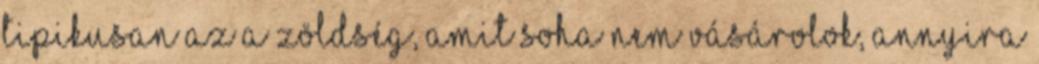
tipikusan az a zöldség, amit soha nem vásárolok, annyira